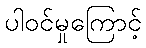
ပါဝင်မှုကြောင့်